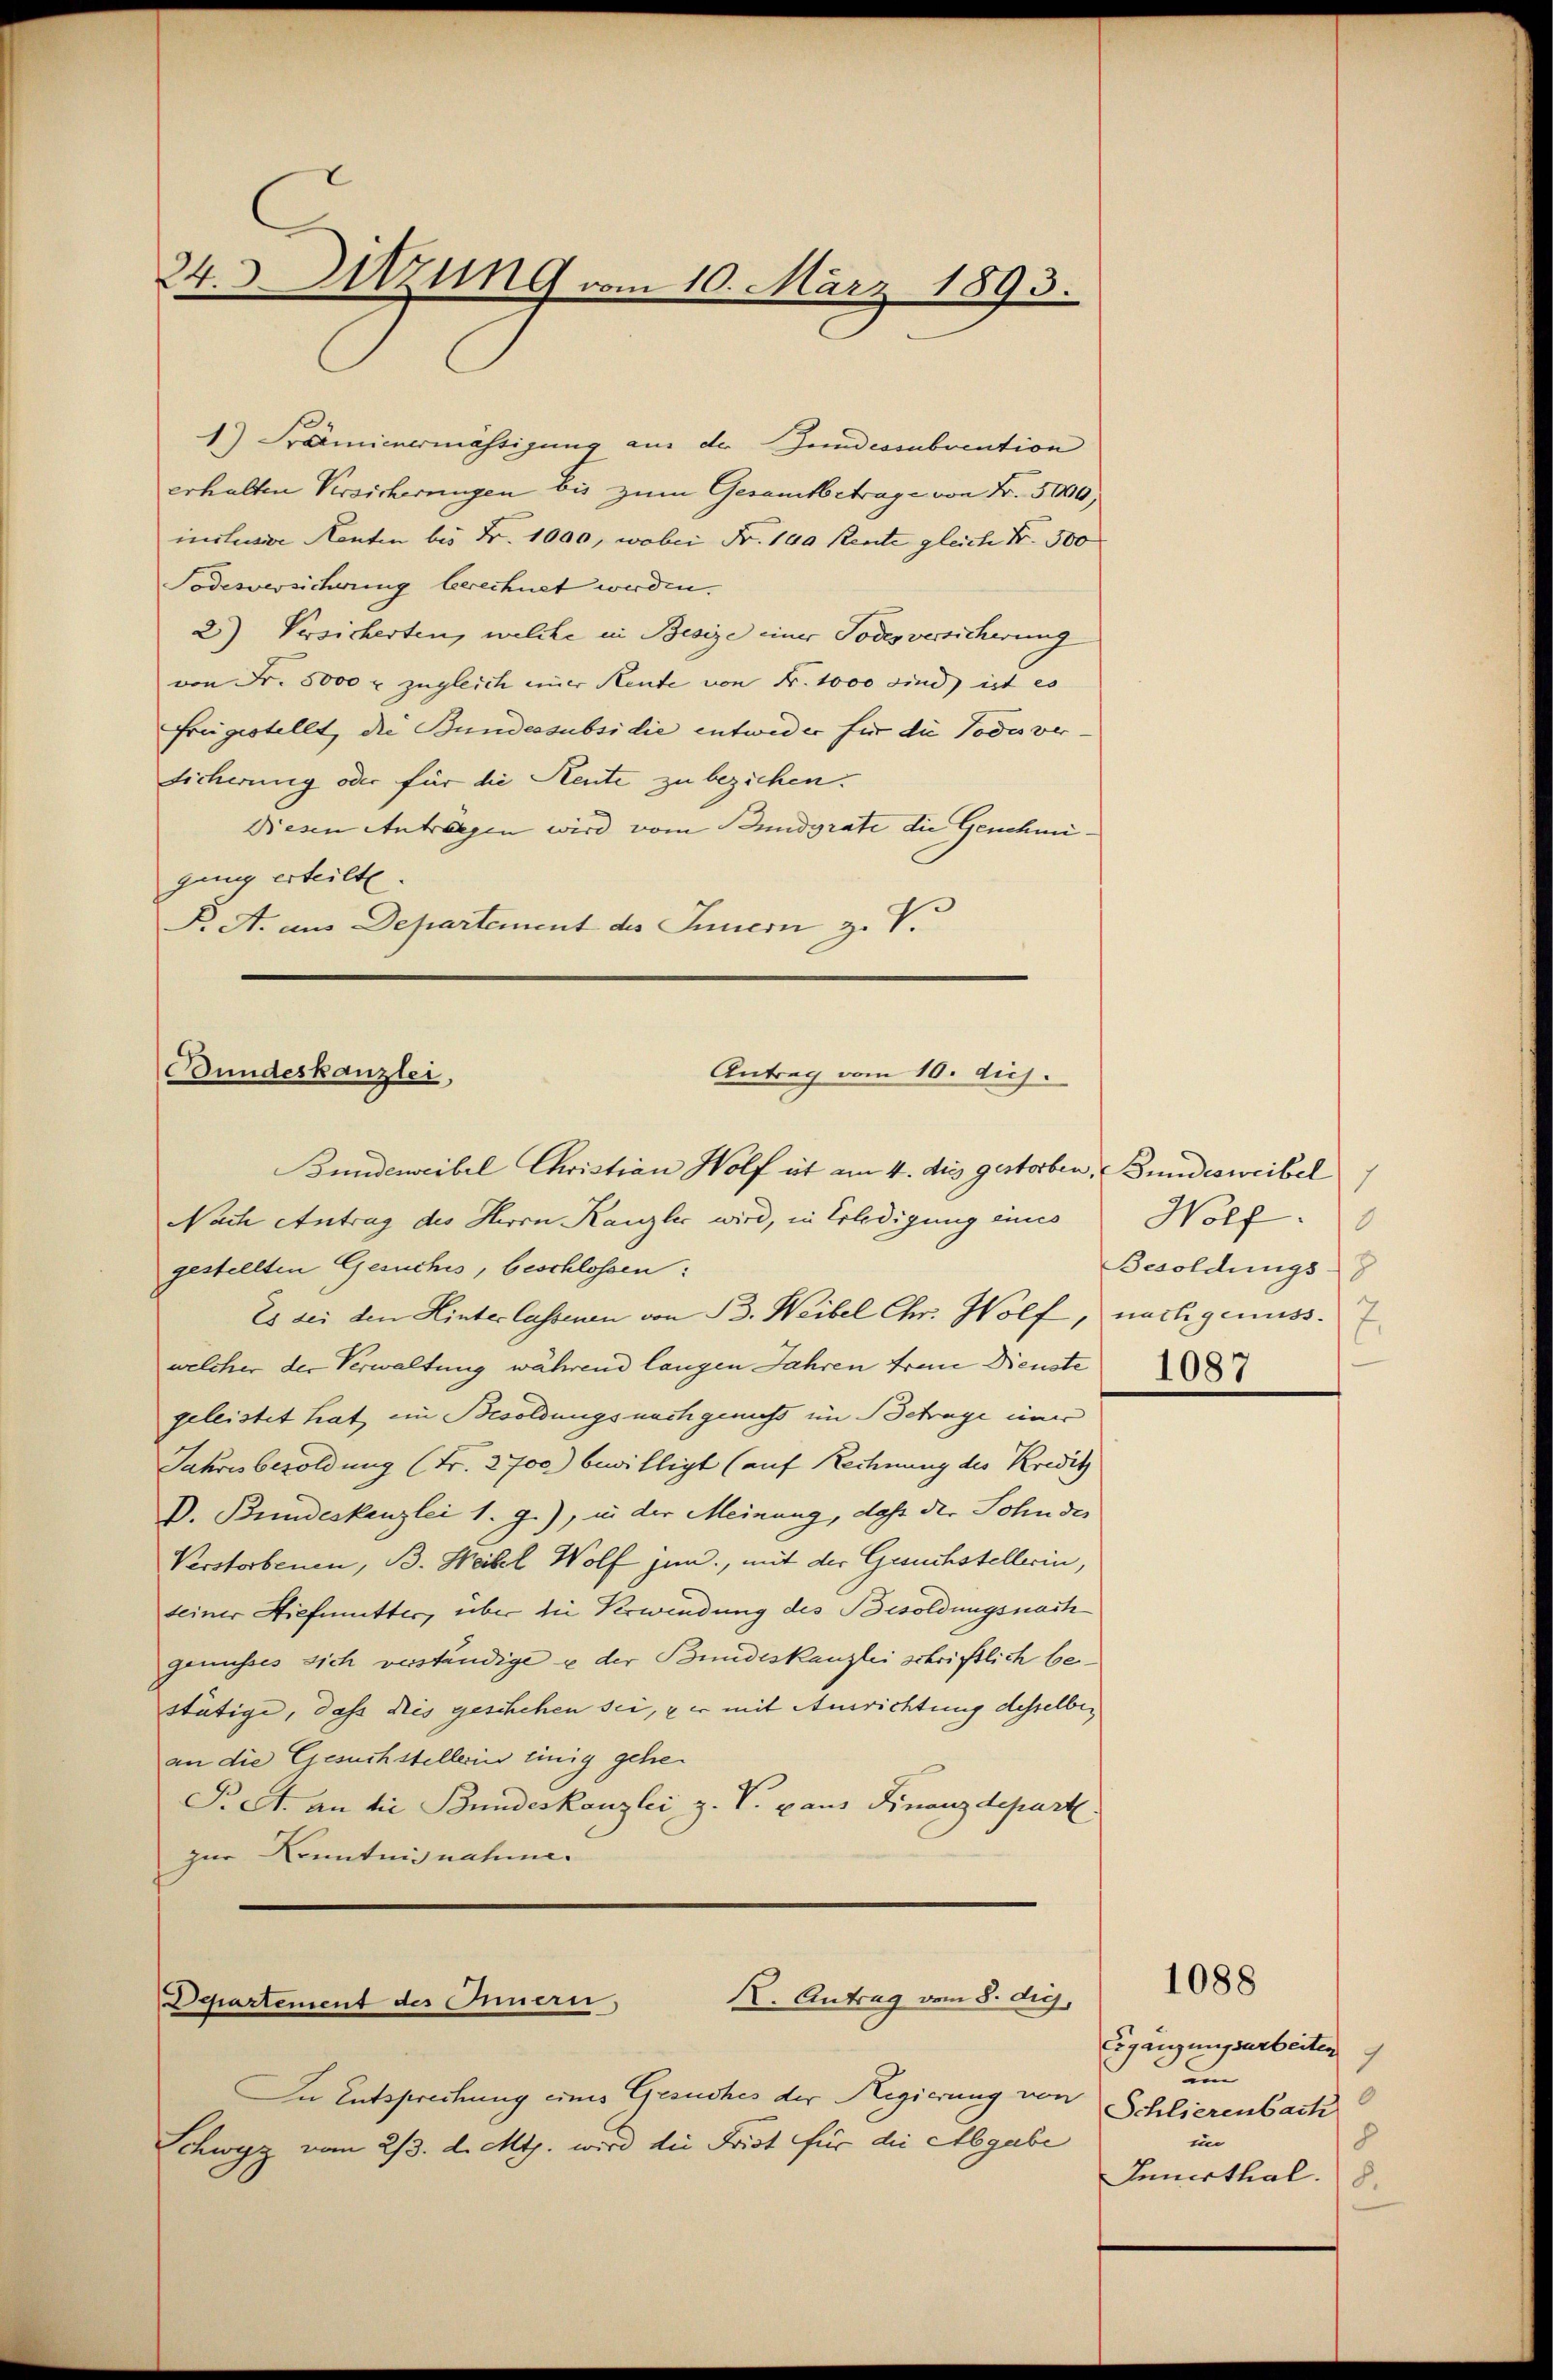
1) Praemienermässigung aus der Bundessubvention
erhalten Versicherungen bis zum Gesamtbetrage von Fr. 5000,
inclusie Renten bis Fr. 1000, wobei Fr. 140 Rente gleich Fr. 500
Todesversicherung berechnet werden.
2) Versicherten, welche in Besize einer Todesversicherung
von Fr. 5000 r. zugleich einer Rente von N. 1000 sind ist es
frügestellt, die Bundessubsidie entweder für die Todesver
Sicherung oder für die Reute zu beziehen.
Diesen Anträgen wird vom Bundgrate die Genehmigang erteilte.
P. A. aus Departement des Innern z. V.

24.3. Sitzung vom 10. März 1893.

Antrag vom 10. dich.
Bundeskanzlei,
Bundereibel Christian Wolf ist am 4. dies gestorben, Bundesweibel
Nach Antrag des Herrn Kanzlei wird, in Erledigung eines

gestellten Gesuches, beschlossen:
Es sei den Hinterlassenen von B. Weibel Chr. Wolf,
welcher der Verwaltung während langen Jahren frau Dienste
geleistet hat in Besoldungsnachgenuss im Betrage einer
Jahresbesoldung (Fr. 2700) bewilligt (auf Rechnung des Kredit
D. Bundeskanzlei 1. g.), in der Meinung, daß der Sohn des
Verstorbenen, B. Weibel Wolf jun., mit der Gesuchstellerin,
seiner Hiefmutter, über die Verwendung des Besoldungsnach
genusses sich verständige u der Bundeskanzlei schriftlich bestätige, daß dies geschehen sei, er mit Ausrichtung desselben
an die Gesuchstellerin einig gehen
Pret. an die Bundeskanzlei z. V. pans Finanzdepart.
zur Kenntnisnahme.

K. Antrag vom 8. die,
Departement des Innern,

In Entsprechung eines Gesuches der Regierung von
Schwyz vom 2/3. d. Mts. wird die Frist für die Abgabe

Wolf.
Besoldungs-
nachgenuss. 7.
1087

1088

Ergänzungsarbeiten
von
0
Schlierenbach
in
8
Innerthal. 8.